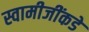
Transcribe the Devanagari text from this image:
स्वामीजींकडे